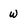
Character: w